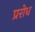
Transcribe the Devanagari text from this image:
प्ररोध